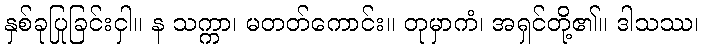
နှစ်ခုပြုခြင်းငှါ။ န သက္ကာ၊ မတတ်ကောင်း။ တုမှာကံ၊ အရှင်တို့၏။ ဒါသဿ၊